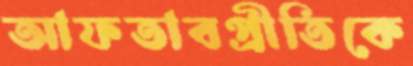
আফতাবপ্রীতিকে